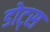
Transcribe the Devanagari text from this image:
डोट्स